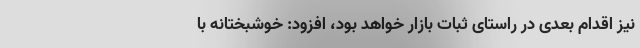
نیز اقدام بعدی در راستای ثبات بازار خواهد بود، افزود: خوشبختانه با